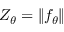
Z _ { \theta } = \| f _ { \theta } \|